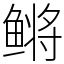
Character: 鳉